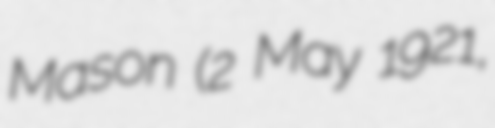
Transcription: Mason (2 May 1921,